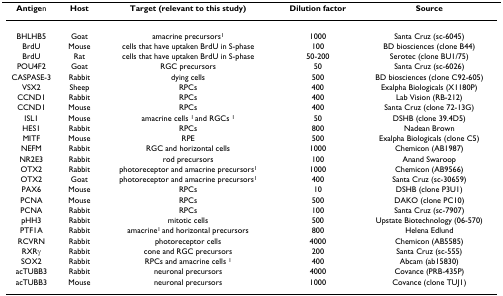
<table><thead><tr><td><b>Antigen</b></td><td><b>Host</b></td><td><b>Target (relevant to this study)</b></td><td><b>Dilution factor</b></td><td><b>Source</b></td></tr></thead><tbody><tr><td>BHLHB5</td><td>Goat</td><td>amacrine precursors<sup>1</sup></td><td>1000</td><td>Santa Cruz (sc-6045)</td></tr><tr><td>BrdU</td><td>Mouse</td><td>cells that have uptaken BrdU in S-phase</td><td>100</td><td>BD biosciences (clone B44)</td></tr><tr><td>BrdU</td><td>Rat</td><td>cells that have uptaken BrdU in S-phase</td><td>50-200</td><td>Serotec (clone BU1/75)</td></tr><tr><td>POU4F2</td><td>Goat</td><td>RGC precursors</td><td>50</td><td>Santa Cruz (sc-6026)</td></tr><tr><td>CASPASE-3</td><td>Rabbit</td><td>dying cells</td><td>500</td><td>BD biosciences (clone C92-605)</td></tr><tr><td>VSX2</td><td>Sheep</td><td>RPCs</td><td>400</td><td>Exalpha Biologicals (X1180P)</td></tr><tr><td>CCND1</td><td>Rabbit</td><td>RPCs</td><td>400</td><td>Lab Vision (RB-212)</td></tr><tr><td>CCND1</td><td>Mouse</td><td>RPCs</td><td>400</td><td>Santa Cruz (clone 72-13G)</td></tr><tr><td>ISL1</td><td>Mouse</td><td>amacrine cells <sup>1 </sup>and RGCs <sup>1</sup></td><td>50</td><td>DSHB (clone 39.4D5)</td></tr><tr><td>HES1</td><td>Rabbit</td><td>RPCs</td><td>800</td><td>Nadean Brown</td></tr><tr><td>MITF</td><td>Mouse</td><td>RPE</td><td>500</td><td>Exalpha Biologicals (clone C5)</td></tr><tr><td>NEFM</td><td>Rabbit</td><td>RGC and horizontal cells</td><td>1000</td><td>Chemicon (AB1987)</td></tr><tr><td>NR2E3</td><td>Rabbit</td><td>rod precursors</td><td>100</td><td>Anand Swaroop</td></tr><tr><td>OTX2</td><td>Rabbit</td><td>photoreceptor and amacrine precursors<sup>1</sup></td><td>1000</td><td>Chemicon (AB9566)</td></tr><tr><td>OTX2</td><td>Goat</td><td>photoreceptor and amacrine precursors<sup>1</sup></td><td>400</td><td>Santa Cruz (sc-30659)</td></tr><tr><td>PAX6</td><td>Mouse</td><td>RPCs</td><td>10</td><td>DSHB (clone P3U1)</td></tr><tr><td>PCNA</td><td>Mouse</td><td>RPCs</td><td>500</td><td>DAKO (clone PC10)</td></tr><tr><td>PCNA</td><td>Rabbit</td><td>RPCs</td><td>100</td><td>Santa Cruz (sc-7907)</td></tr><tr><td>pHH3</td><td>Rabbit</td><td>mitotic cells</td><td>500</td><td>Upstate Biotechnology (06-570)</td></tr><tr><td>PTF1A</td><td>Rabbit</td><td>amacrine<sup>1 </sup>and horizontal precursors</td><td>800</td><td>Helena Edlund</td></tr><tr><td>RCVRN</td><td>Rabbit</td><td>photoreceptor cells</td><td>4000</td><td>Chemicon (AB5585)</td></tr><tr><td>RXRγ</td><td>Rabbit</td><td>cone and RGC precursors</td><td>200</td><td>Santa Cruz (sc-555)</td></tr><tr><td>SOX2</td><td>Rabbit</td><td>RPCs and amacrine cells <sup>1</sup></td><td>400</td><td>Abcam (ab15830)</td></tr><tr><td>acTUBB3</td><td>Rabbit</td><td>neuronal precursors</td><td>4000</td><td>Covance (PRB-435P)</td></tr><tr><td>acTUBB3</td><td>Mouse</td><td>neuronal precursors</td><td>1000</td><td>Covance (clone TUJ1)</td></tr></tbody></table>